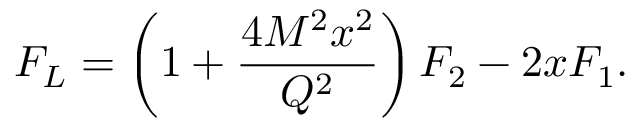
F _ { L } = \left( 1 + \frac { 4 M ^ { 2 } x ^ { 2 } } { Q ^ { 2 } } \right) F _ { 2 } - 2 x F _ { 1 } .